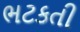
ભટકતી